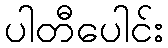
ပါတီပေါင်း